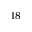
^ { 1 8 }